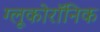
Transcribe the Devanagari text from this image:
ग्लूकोरॉनिक